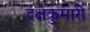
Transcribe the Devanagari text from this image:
दक्षकुमारी